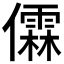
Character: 𫣼